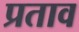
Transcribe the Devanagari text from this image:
प्रताव